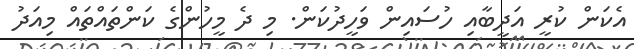
އެކަން ކުރީ އަދީބާއި ހުސައިން ވަހީދުކަން. މި ދެ މީހުންގެ ކަންތައްތައް މިއަދު